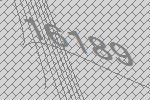
16189